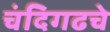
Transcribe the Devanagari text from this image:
चंदिगढचे